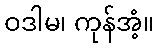
ဝဒါမ၊ ကုန်အံ့။